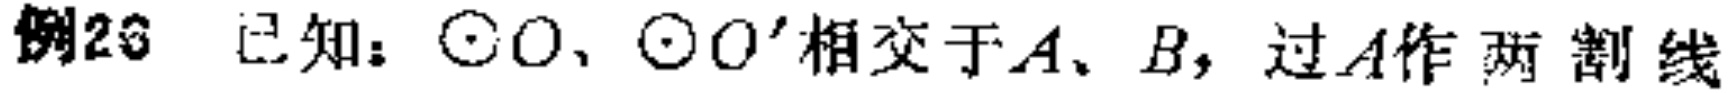
例26 已知：$\odot O$、$\odot O'$相交于$A$、$B$，过$A$作两割线